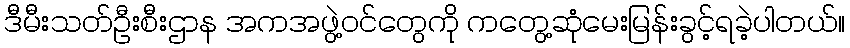
ဒီမီးသတ်ဦးစီးဌာန အကအဖွဲ့ဝင်တွေကို ကတွေ့ဆုံမေးမြန်းခွင့်ရခဲ့ပါတယ်။